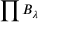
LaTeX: \prod B _ { \lambda }